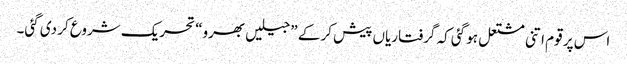
اس پر قوم اتنی مشتعل ہو گئی کہ گرفتاریاں پیش کر کے ”جیلیں بھرو“ تحریک شروع کر دی گئی۔